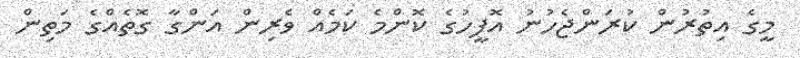
މީގެ އިތުރުން ކުރަންޖެހުނު އޮފީހުގެ ކޮންމެ ކަމެއް ވެރިން އަންގާ ގޮތެއްގެ މަތިން